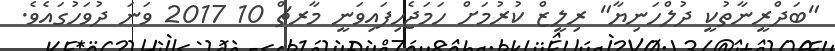
"ބަދްރީނާތުކީ ދުލްހަނިޔާ" ރިލީޒް ކުރުމަށް ހަމަޖެހިފައިވަނީ މާރޗް 10 2017 ވަނަ ދުވަހުގައެވެ.